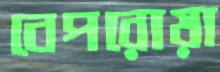
বেপরোয়া